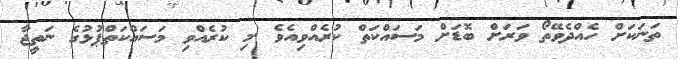
ތަނަކަށް ހެއްދެވޭތޯ ވަރަށް ބޮޑަށް މަސައްކަތް ކުރެއްވިއެވެ .މި ކުރެއްވި މަސައްކަތްޕުޅުގެ ނަތީޖާ